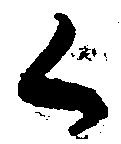
候